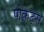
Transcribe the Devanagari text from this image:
पोकेट्स